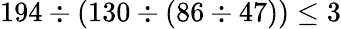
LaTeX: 194\div(130\div(86\div 47))\leq 3